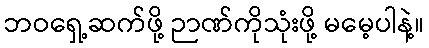
ဘဝရှေ့ဆက်ဖို့ ဉာဏ်ကိုသုံးဖို့ မမေ့ပါနဲ့။